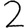
Digit: 2